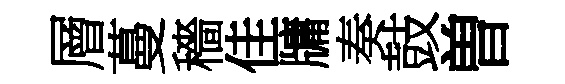
層蔓穡佳牗奏鼓曽